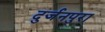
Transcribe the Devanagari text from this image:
दुर्जनपुरा